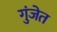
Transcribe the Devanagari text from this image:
गुंजेत